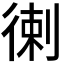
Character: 𢔯